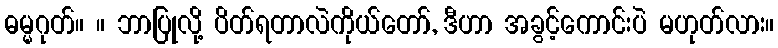
ဓမ္မဂုတ်။ ။ ဘာပြုလို့ ပိတ်ရတာလဲကိုယ်တော်, ဒီဟာ အခွင့်ကောင်းပဲ မဟုတ်လား။